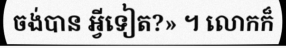
ចង់បាន អ្វីទៀត?» ។ លោកក៏